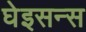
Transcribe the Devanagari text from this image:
घेइसन्स